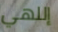
إللهي